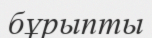
бұрыпты